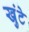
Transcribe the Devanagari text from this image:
खुंटे